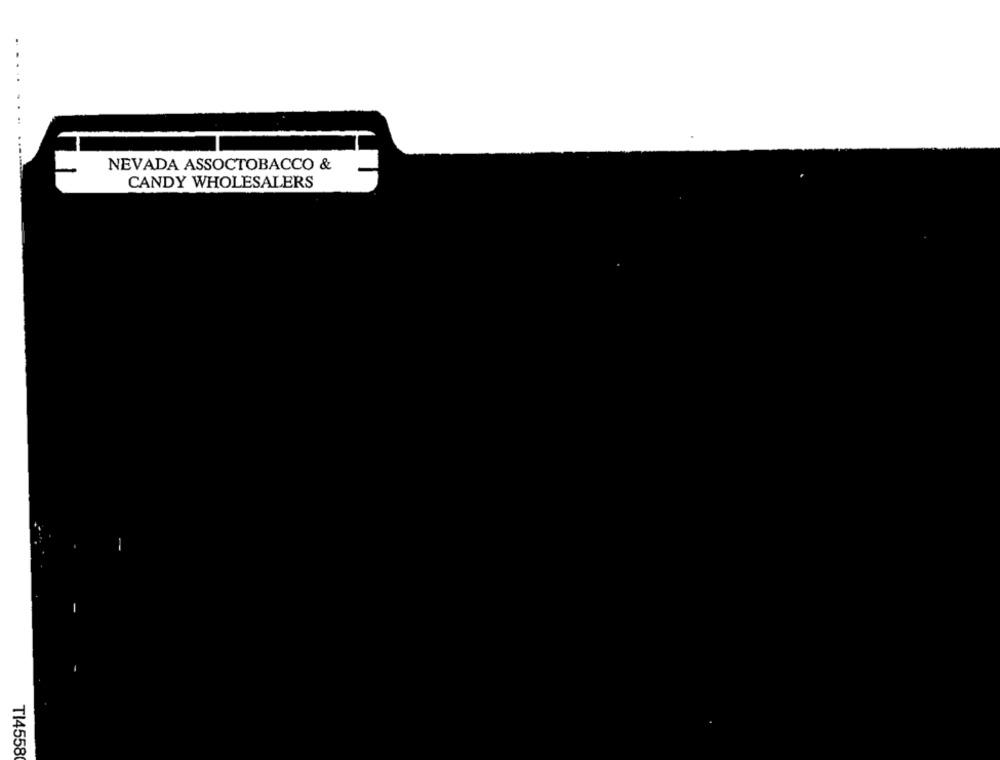
NEVADA ASSOCTOBACCO &
CANDY WHOLESALERS
TI4558